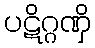
ပဋိဂ္ဂဏှိ